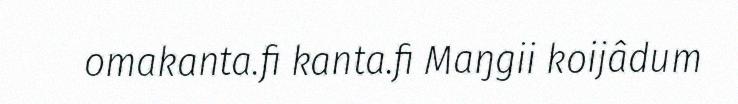
omakanta.fi kanta.fi Maŋgii koijâdum